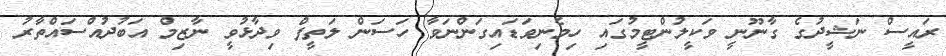
ރައީސް ނަޝީދުގެ ގާނޫނީ ވަކީލުންޓީމުގައި ހިމެނިވަޑައިގަންނަވާ ހަސަން ލަތީފް ވިދާޅުވީ ނާޒިމް އަބުދުއްސައްތާރު